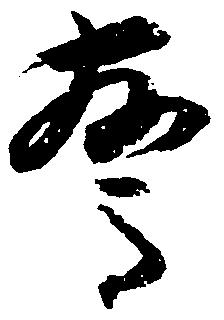
驚